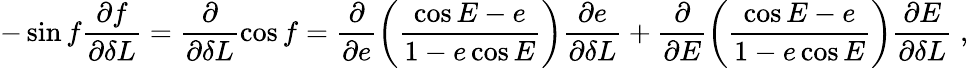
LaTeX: -\sin f\frac{\partial f}{\partial\delta L}=\frac{\partial}{\partial\delta L}\cos f=\frac{\partial}{\partial e}\left(\frac{\cos E-e}{1-e\cos E}\right)\frac{\partial e}{\partial\delta L}+\frac{\partial}{\partial E}\left(\frac{\cos E-e}{1-e\cos E}\right)\frac{\partial E}{\partial\delta L}\; ,